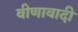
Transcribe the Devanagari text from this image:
वीणावादी